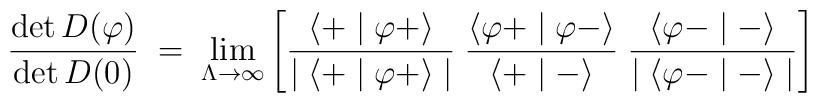
\frac{\det D(\varphi)}{\det D(0)} \;=\; \lim_{\Lambda \to \infty}\left[\frac{\langle + \mid \varphi + \rangle}{\mid \langle + \mid \varphi + \rangle\mid}\;\frac{\langle \varphi + \mid \varphi - \rangle}{\langle + \mid  - \rangle }\;\frac{\langle \varphi - \mid - \rangle}{\mid \langle \varphi - \mid - \rangle\mid}\right]